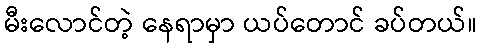
မီးလောင်တဲ့ နေရာမှာ ယပ်တောင် ခပ်တယ်။